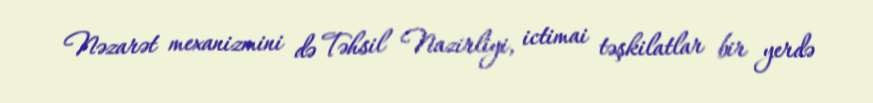
Nəzarət mexanizmini də Təhsil Nazirliyi, ictimai təşkilatlar bir yerdə